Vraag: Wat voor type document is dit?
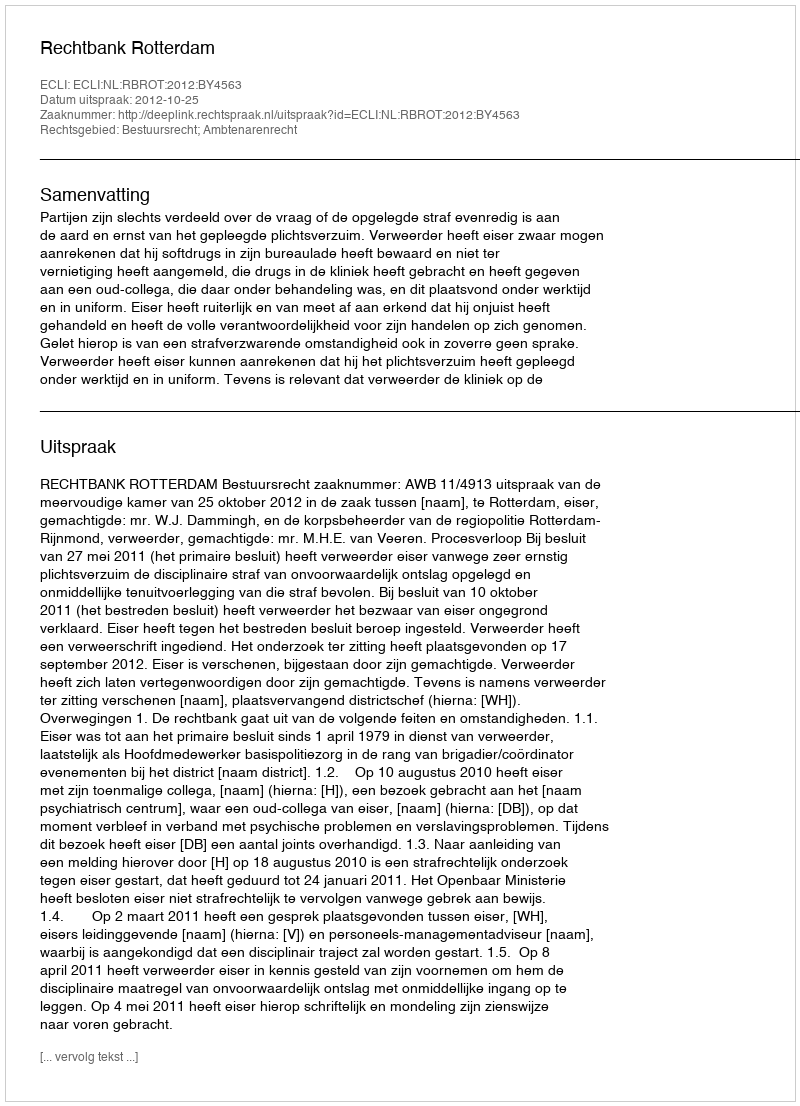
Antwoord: Uitspraak